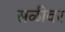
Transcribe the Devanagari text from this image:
सळीवर